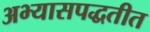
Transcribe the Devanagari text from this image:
अभ्यासपद्धतीत